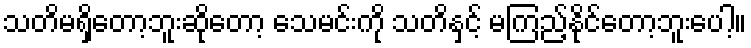
သတိမရှိတော့ဘူးဆိုတော့ သေမင်းကို သတိနှင့် မကြည့်နိုင်တော့ဘူးပေါ့။